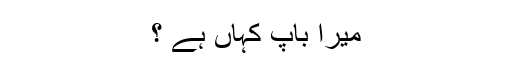
میرا باپ کہاں ہے ؟